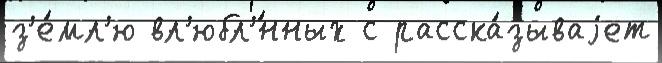
з'е́мл'ю вл'юбл'́нных с расска́зываjет